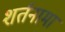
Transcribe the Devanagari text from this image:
शर्तनामा